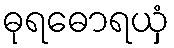
ဓုရဓောရယှံ